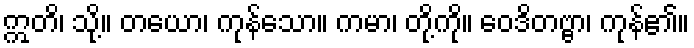
ဣတိ၊ သို့။ တယော၊ ကုန်သော။ ကမာ၊ တို့ကို။ ဝေဒိတဗ္ဗာ၊ ကုန်၏။